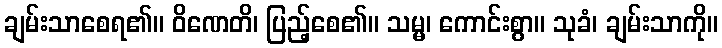
ချမ်းသာစေရ၏။ ဝိဏေတိ၊ ပြည့်စေ၏။ သမ္မ၊ ကောင်းစွာ။ သုခံ၊ ချမ်းသာကို။